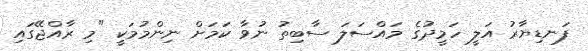
ފަނޑިޔާރު އަލީ ހަމީދުގެ މައްސަލަ ސާބިތު ނުވާ ކަމަށް ނިންމުމަކީ "މި ރާއްޖޭގައި